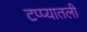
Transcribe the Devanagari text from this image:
टप्प्यातली